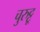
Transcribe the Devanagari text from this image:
चुरुट्टू